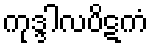
ကုဒ္ဒါလပိဋကံ